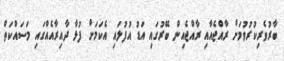
ބާރުވެރިކުރުވުމަށް ރާއްޖެއާއި ރާއްޖެއިން ބޭރުގައި އަޑު އުފުލައި އެކަމަށް ފުޅާ ދާއިރާއެއްގައި މަސައްކަތް